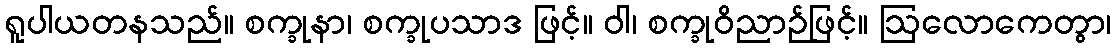
ရူပါယတနသည်။ စက္ခုနာ၊ စက္ခုပသာဒ ဖြင့်။ ဝါ၊ စက္ခုဝိညာဉ်ဖြင့်။ ဩလောကေတွာ၊